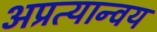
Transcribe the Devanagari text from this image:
अप्रत्यान्वय